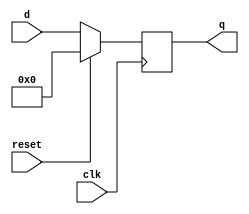
`timescale 1ns/1ns

module Flipflop (clk, reset, q, d);
input clk, reset;
input [31:0] d;
output reg [31:0] q;

always @(posedge clk) begin

	if(!reset)
	q <= d;
	else 
	q <= 0;
	end
endmodule